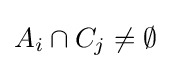
A_{i}\cap C_{j}\neq \emptyset